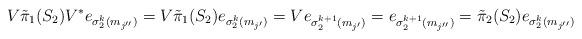
LaTeX: \begin{align*}V\tilde\pi_1(S_2)V^* e_{\sigma_2^k(m_{j''})} & = V\tilde\pi_1(S_2)e_{\sigma_2^k(m_{j'})}= V e_{\sigma_2^{k+1}(m_{j'})} = e_{\sigma_2^{k+1}(m_{j''})} = \tilde\pi_2(S_2) e_{\sigma_2^k(m_{j''})} \end{align*}